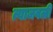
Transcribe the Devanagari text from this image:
त्याजवळी